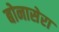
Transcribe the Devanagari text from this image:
बोनासेरा